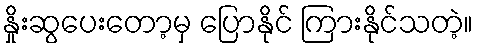
နှိုးဆွပေးတော့မှ ပြောနိုင် ကြားနိုင်သတဲ့။